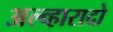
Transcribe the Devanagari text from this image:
अल्व्हारादो